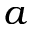
a